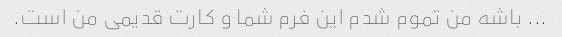
... باشه من تموم شدم این فرم شما و کارت قدیمی من است.